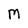
Character: M